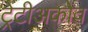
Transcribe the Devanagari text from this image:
ट्रेटीअकोव